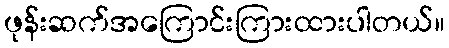
ဖုန်းဆက်အကြောင်းကြားထားပါတယ်။